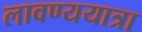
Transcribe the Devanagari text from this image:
लावण्ययात्रा